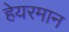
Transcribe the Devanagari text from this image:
हेयरमान